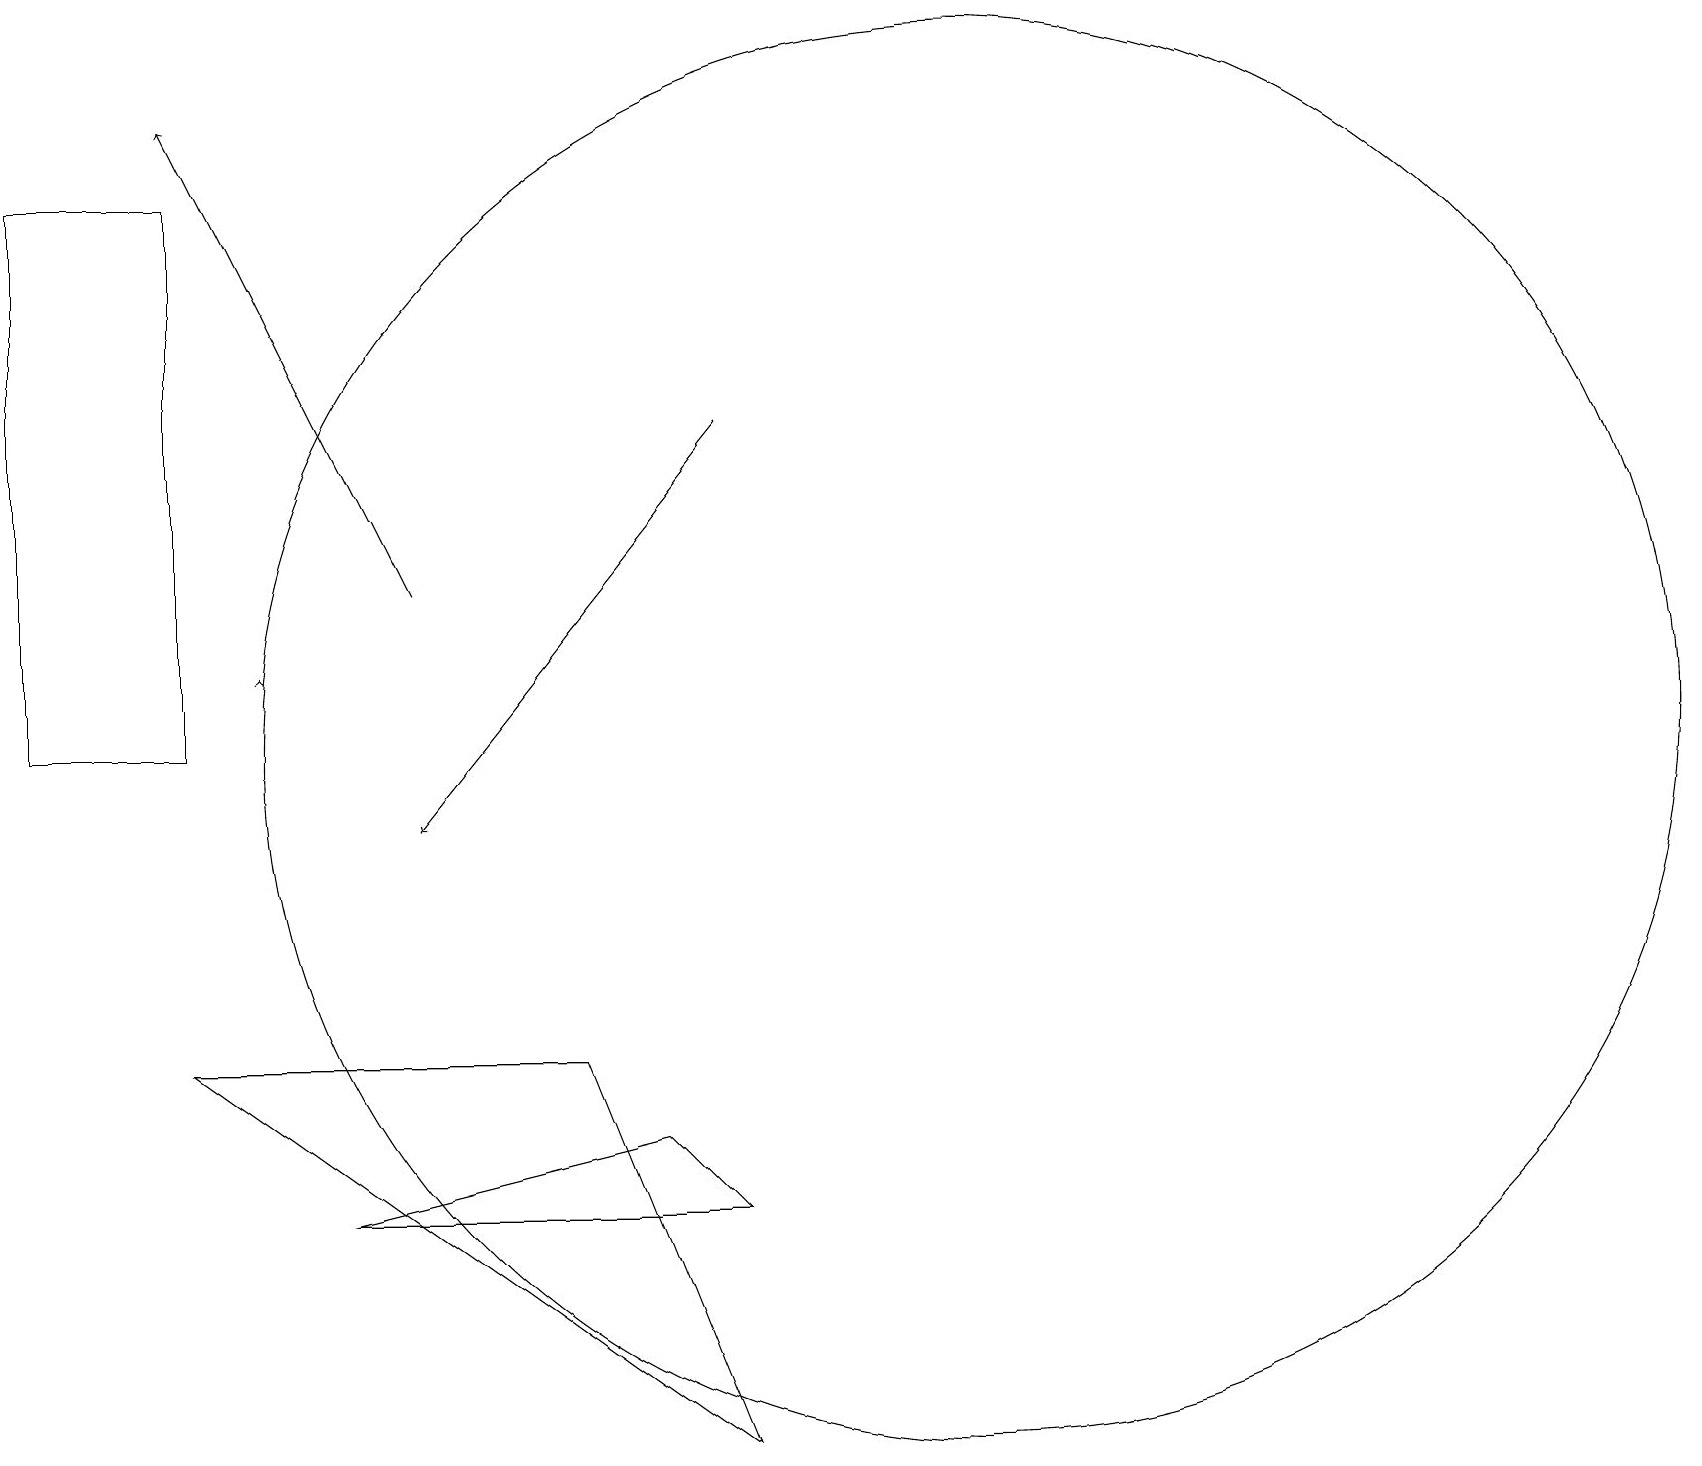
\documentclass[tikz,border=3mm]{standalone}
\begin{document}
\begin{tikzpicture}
\draw (12,11) circle (9);
\draw[->] (5,13) -- (2,19);
\draw (9,5) -- (8,6) -- (4,5) -- cycle;
\draw (9,2) -- (2,7) -- (7,7) -- cycle;
\draw[->] (9,15) -- (5,10);
\draw[->] (3,12) -- (3,12);
\draw (2,18) rectangle (0,11);
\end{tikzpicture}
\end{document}